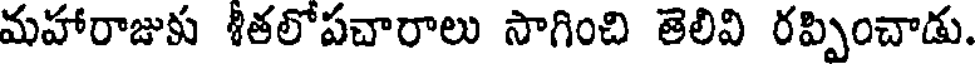
మహారాజుకు శీతలోపచారాలు సాగించి తెలివి రప్పించాడు.